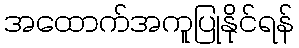
အထောက်အကူပြုနိုင်ရန်